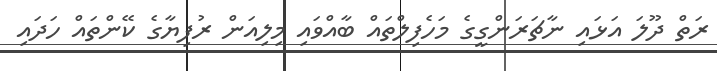
ރަތް ދޫލަ އަޅައި ނާޗަރަންގީގެ މަހެފިލްތައް ބާއްވައި މިލިއަން ރުފިޔާގެ ކޭންތައް ހަދައި